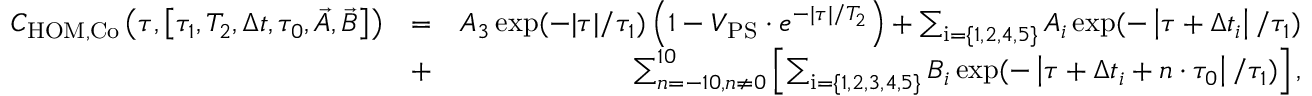
\begin{array} { r l r } { C _ { \mathrm { H O M , C o } } \left( \tau , \left[ \tau _ { 1 } , T _ { 2 } , \Delta t , \tau _ { 0 } , \vec { A } , \vec { B } \right] \right) } & { = } & { A _ { 3 } \exp ( - | \tau | / \tau _ { 1 } ) \left( 1 - V _ { \mathrm { P S } } \cdot e ^ { - | \tau | / T _ { 2 } } \right) + \sum _ { \mathrm { i } = \{ 1 , 2 , 4 , 5 \} } A _ { i } \exp ( - \left| \tau + \Delta t _ { i } \right| / \tau _ { 1 } ) } \\ & { + } & { \sum _ { n = - 1 0 , n \neq 0 } ^ { 1 0 } \left[ \sum _ { \mathrm { i } = \{ 1 , 2 , 3 , 4 , 5 \} } B _ { i } \exp ( - \left| \tau + \Delta t _ { i } + n \cdot \tau _ { 0 } \right| / \tau _ { 1 } ) \right] , } \end{array}